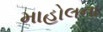
માહોલના